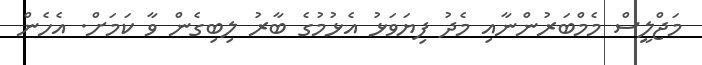
މަޖްލީސް މެމްބަރުންނާއި މެދު ފިޔަވަޅު އެޅުމުގެ ބާރު ލިބިގެން ވާ ކަމަށް. އެހެން